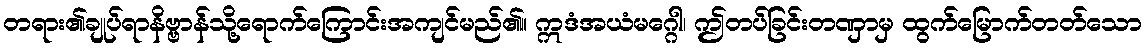
တရား၏ချုပ်ရာနိဗ္ဗာန်သို့ရောက်ကြောင်းအကျင်မည်၏။ ဣဒံအယံမဂ္ဂေါ၊ ဤတပ်ခြင်းတဏှာမှ ထွက်မြောက်တတ်သော